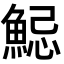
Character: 𩷱